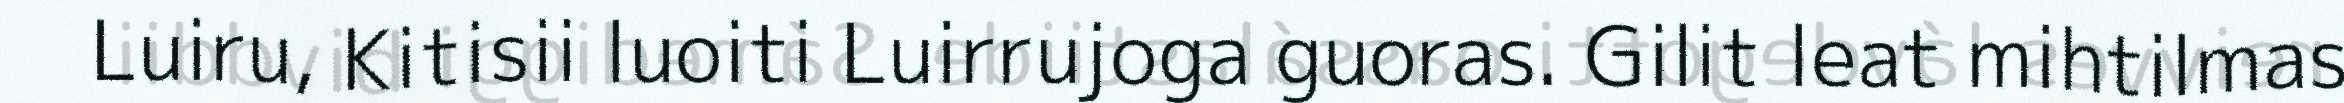
Luiru, Kitisii luoiti Luirrujoga guoras. Gilit leat mihtilmas